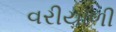
વરીયાળી